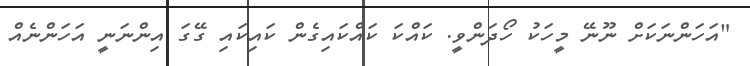
"އަހަންނަކަށް ނޫނޭ މީހަކު ހޯދަންވީ. ކައްކަ ކައްކައިގެން ކައިކައި ގޭގަ އިންނަނީ އަހަންނެއް